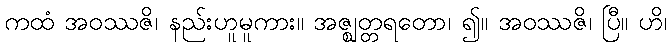
ကထံ အဝဿဇိ၊ နည်းဟူမူကား။ အဇ္ဈတ္တရတော၊ ၍။ အဝဿဇိ၊ ပြီ။ ဟိ၊